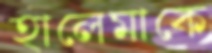
হালেমাকে